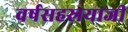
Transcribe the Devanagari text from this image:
वर्षसहस्रयाजी